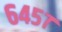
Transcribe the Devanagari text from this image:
६४५७